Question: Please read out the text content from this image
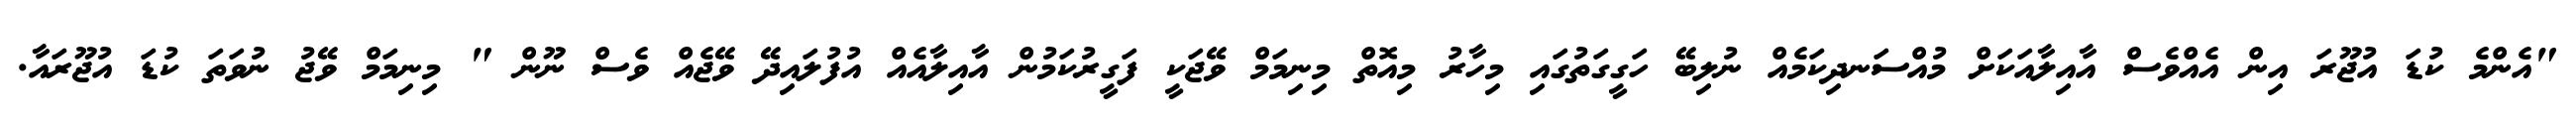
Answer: "އެންމެ ކުޑަ އުޖޫރަ އިން އެއްވެސް އާއިލާއަކަށް މުއްސަނދިކަމެއް ނުލިބޭ ހަގީގަތުގައި މިހާރު މިއޮތް މިނިމަމް ވޭޖަކީ ފަގީރުކަމުން އާއިލާއެއް އުފުލައިދޭ ވޭޖެއް ވެސް ނޫން " މިނިމަމް ވޭޖު ނުވަތަ ކުޑަ އުޖޫރައާ.